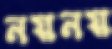
নয়নয়